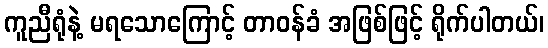
ကူညီရုံနဲ့ မရသောကြောင့် တာဝန်ခံ အဖြစ်ဖြင့် ရိုက်ပါတယ်၊